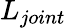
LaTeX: L_{joint}